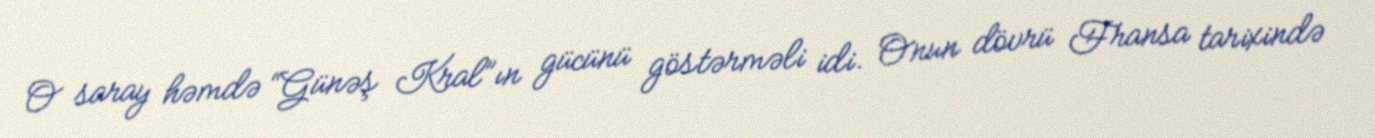
O saray həmdə “Günəş Kral”ın gücünü göstərməli idi. Onun dövrü Fransa tarixində